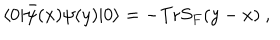
LaTeX: \langle 0 | \bar { \psi } ( x ) \psi ( y ) | 0 \rangle = - \mathrm { T r } S _ { F } ( y - x ) \ ,